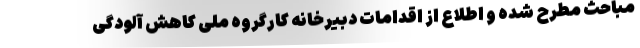
مباحث مطرح شده و اطلاع از اقدامات دبیرخانه کارگروه ملی کاهش آلودگی